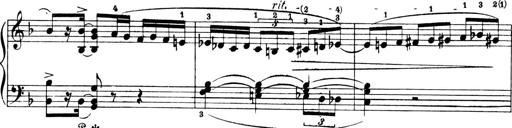
Title: 4 Sonatines
Composer: Max Reger